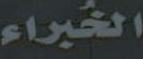
الخبراء